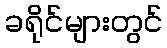
ခရိုင်များတွင်